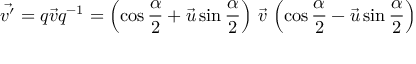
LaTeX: { \vec { v ^ { \prime } } } = q { \vec { v } } q ^ { - 1 } = \left( \cos { \frac { \alpha } { 2 } } + { \vec { u } } \sin { \frac { \alpha } { 2 } } \right) \, { \vec { v } } \, \left( \cos { \frac { \alpha } { 2 } } - { \vec { u } } \sin { \frac { \alpha } { 2 } } \right)